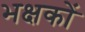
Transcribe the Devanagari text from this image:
भक्षकों